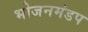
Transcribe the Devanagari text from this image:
भोजनमंडप